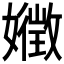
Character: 𭒧